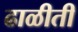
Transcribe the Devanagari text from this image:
ढाळीती